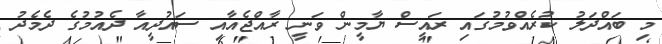
މި ބައްދަލު ކުރެއްވުމުގައި ރައީސް ޔާމީން ވަނީ ރާއްޖެއާއި ސައުދީއާ ދެއުމުގެ ދެމެދު